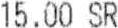
15.00 SR